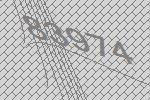
83974